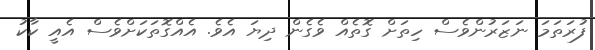
ފުރަތަމަ ނަޒަރުންވެސް ހިތަށް ގޮތެއް ވެގެން ދިޔަ އެވެ. އެއްގޮތަކަށްވެސް އެއީ ކާކު